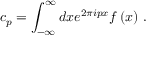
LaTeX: c _ { p } = \int _ { - \infty } ^ { \infty } d x e ^ { 2 \pi i p x } f \left( x \right) \, .